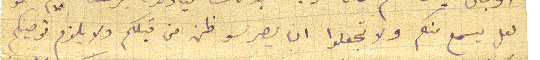
لعل يسمع منكم ولا تجعلوا يصر سو ظن من قبلكم ولا يلزم توصيكم